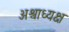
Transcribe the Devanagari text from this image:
अश्वाध्यक्ष